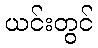
ယင်းတွင်